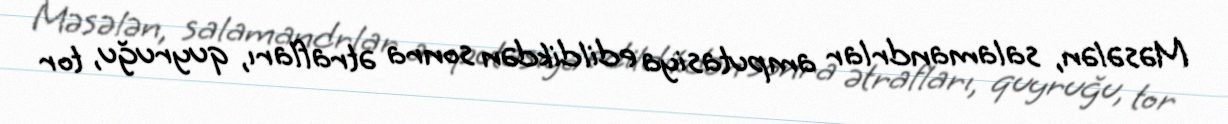
Məsələn, salamandrlar amputasiya edildikdən sonra ətrafları, quyruğu, tor